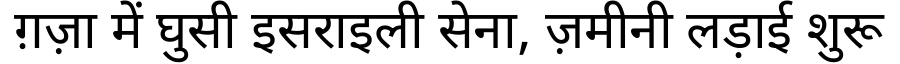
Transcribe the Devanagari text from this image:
ग़ज़ा में घुसी इसराइली सेना, ज़मीनी लड़ाई शुरू